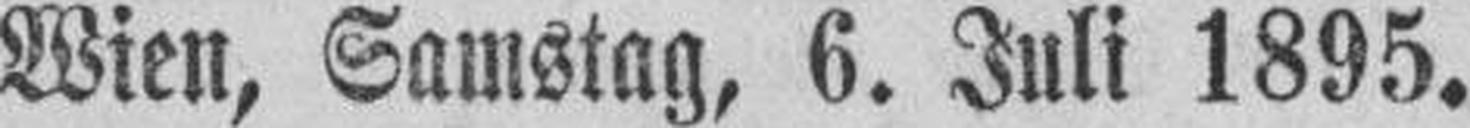
Wien, Samstag, 6. Juli 1895.